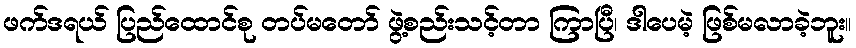
ဖက်ဒရယ် ပြည်ထောင်စု တပ်မတော် ဖွဲ့စည်းသင့်တာ ကြာပြီ၊ ဒါပေမဲ့ ဖြစ်မလာခဲ့ဘူး။